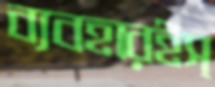
ব্যবহারইস্